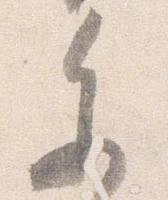
参